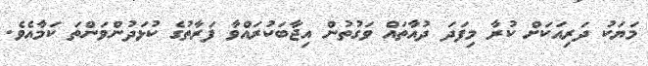
މަޔަކު ދަރިއަކަށް ކުރާ މިފަދަ ދުއާތައް ވަގުތުން އިޖާބަކުރައްވާ ފަރާތުގެ ކުޅަދުންވަންތަ ކަމާއެވެ.